V__Kingissepa_nim__kolhoos, lk 32
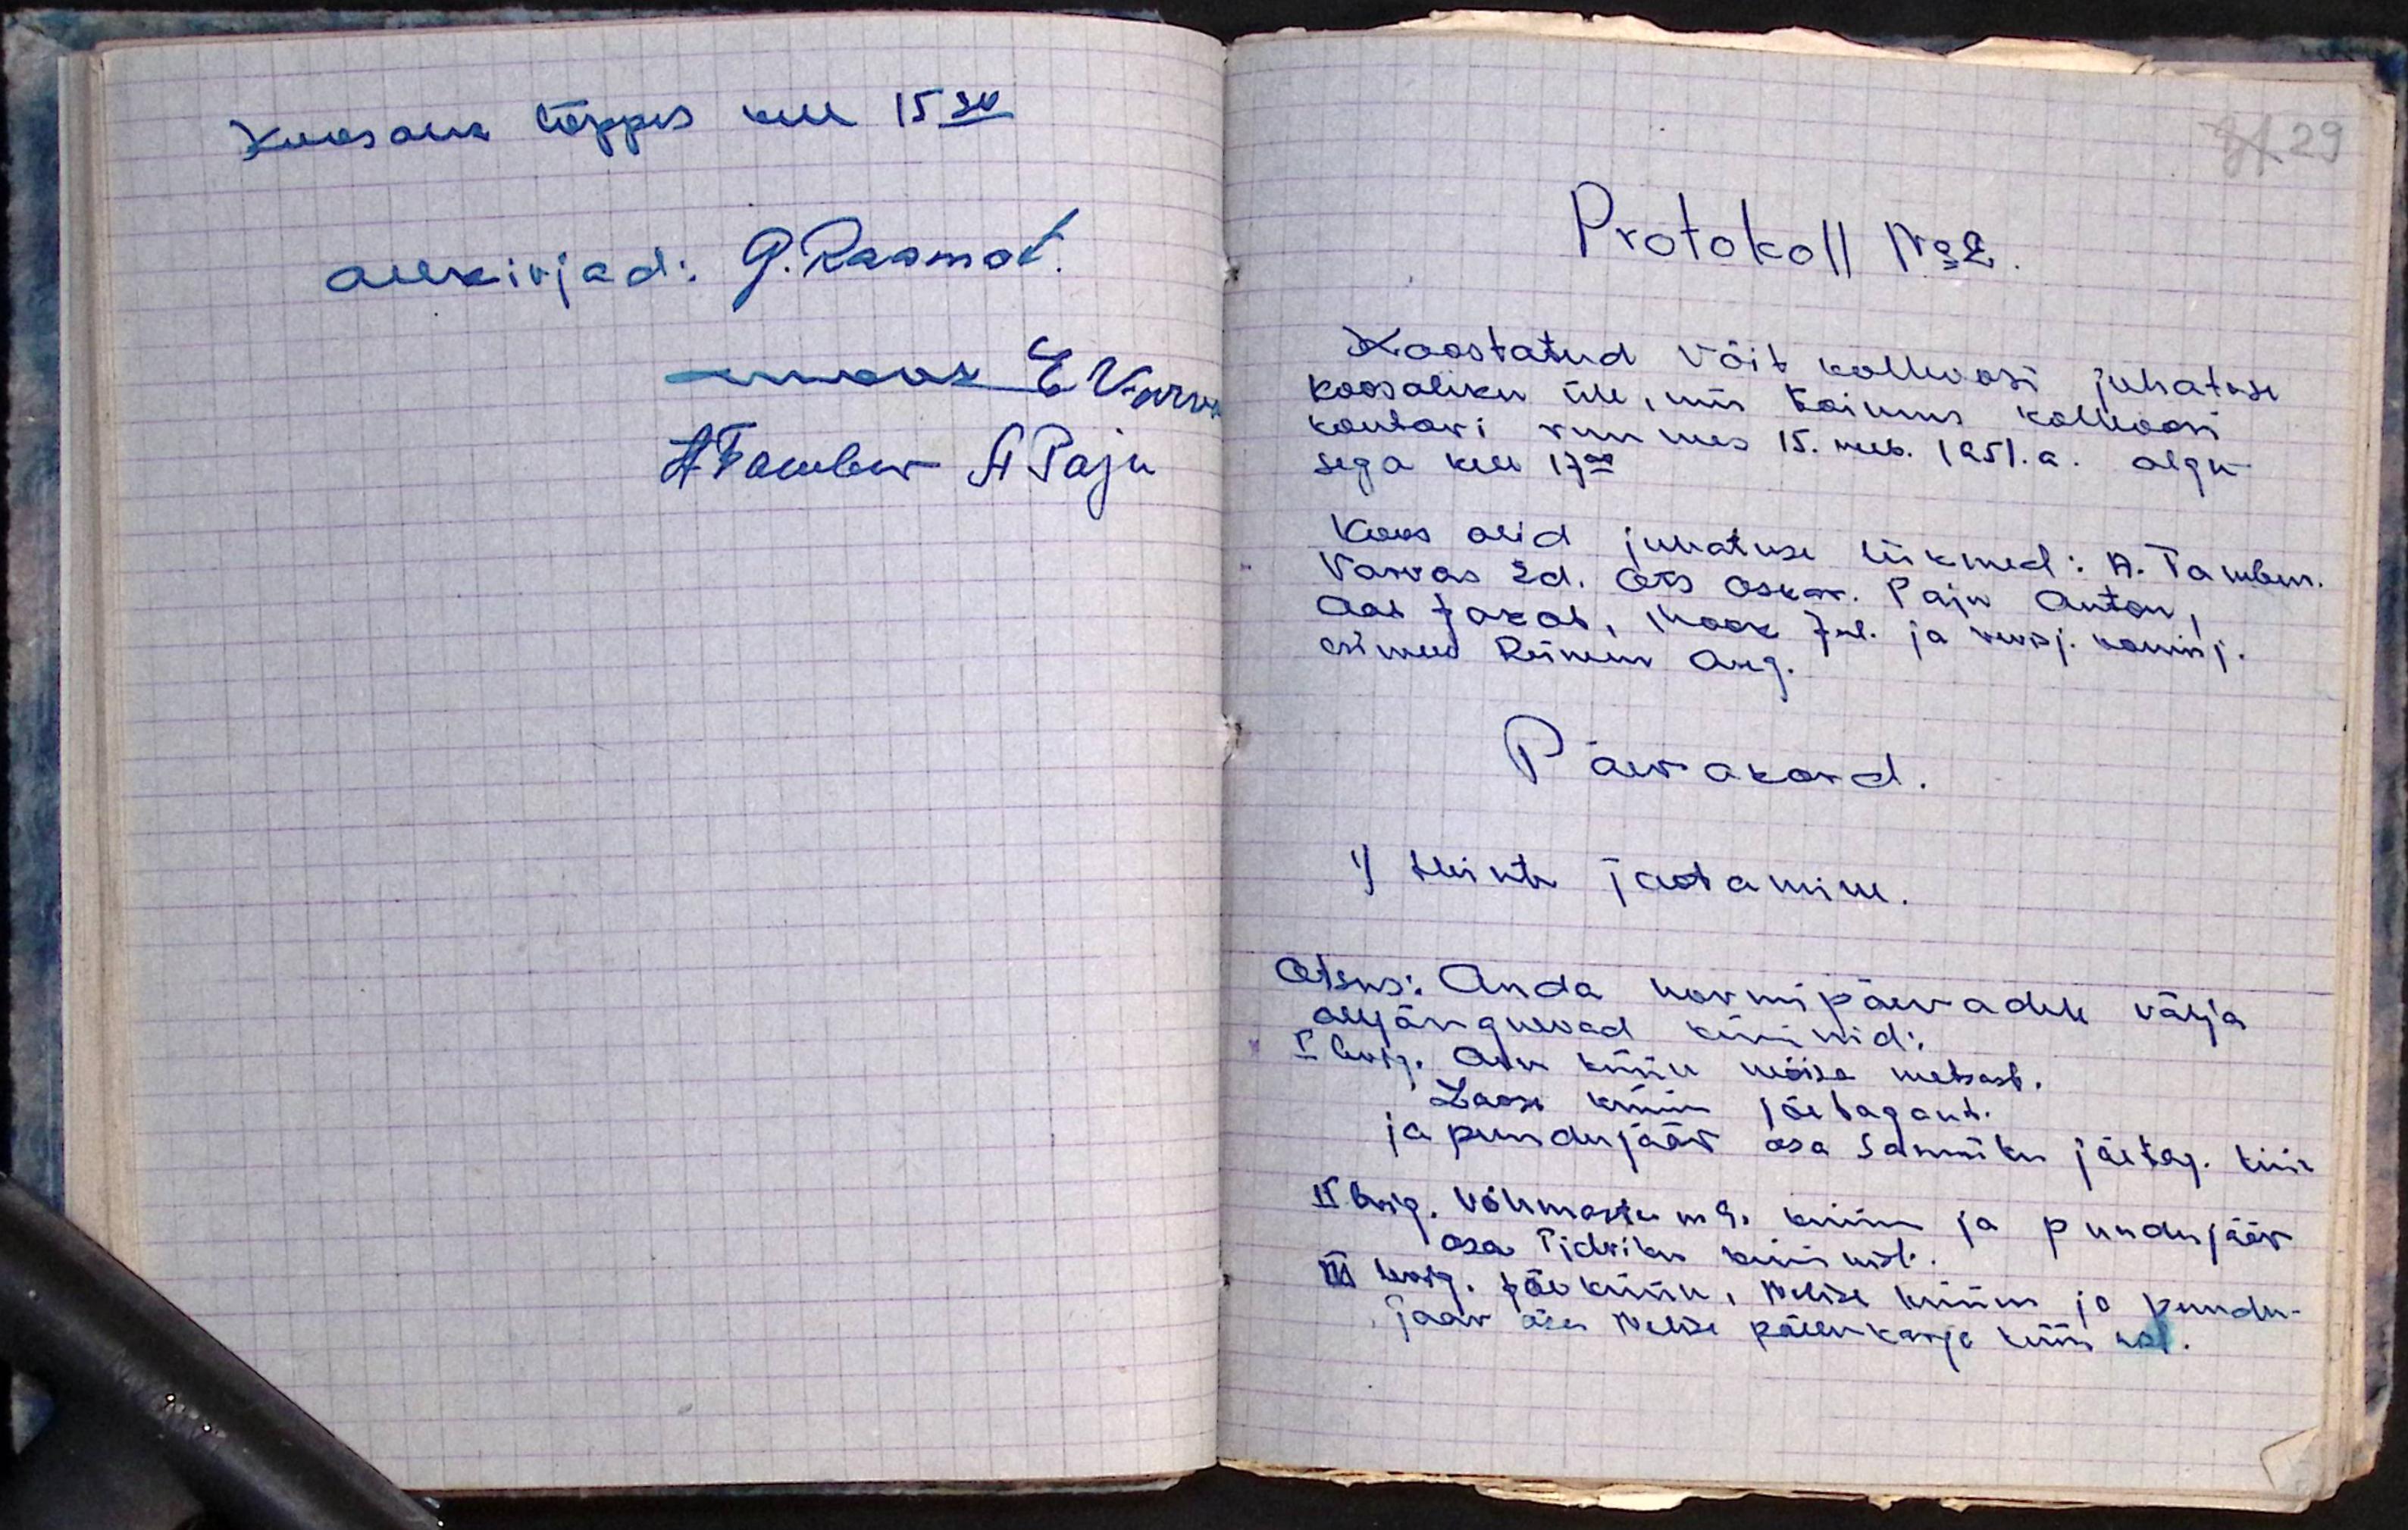
Koosolek lõppes kell 15.30
allkirjad: G. Raamat.
Mook. E.Varvas
ATambur A Paju

Protokoll No 2
Koostatud Võit kolhoosi juhatuse
koosoleku üle, mis toimus kolhoosi
kontori ruumes 15. veeb. 1951.a. algu-
sega kell 17.00
Koos olid juhatuse liikmed: A. Tambur.
Varvas Ed. Ots Oskar. Paju Anton,
Aas Jakob, Mook Jul. ja revisj. komisj.
esimees Reinem Aug.
Päevakord
1) Heinte jaotamine
Otsus: Anda normipäevadele välja
alljärgnevad küünid:
I brig. Aru küün mõisa metsast.
Laasi küün jõe tagant.
ja puudujääv osa samuti jõe tag. tiik
II brig. Võhmastu mäe küün ja puudujääv
osa Tidriku küünist.
III brig. Jõe küün, Nelise küün ja puudu-
jaav osa Nelise päev karja küün nal.